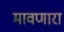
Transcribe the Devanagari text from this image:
मावणारा